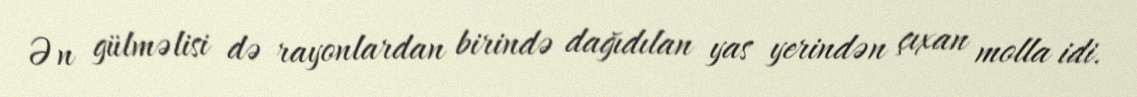
Ən gülməlisi də rayonlardan birində dağıdılan yas yerindən çıxan molla idi.